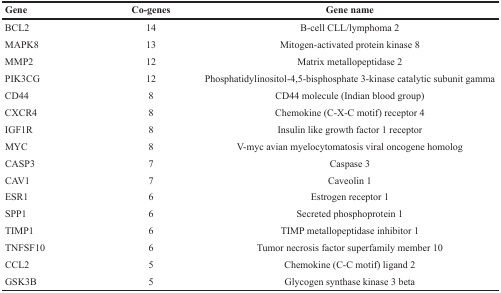
<table><thead><tr><td><b>Gene</b></td><td><b>Co-genes</b></td><td><b>Gene name</b></td></tr></thead><tbody><tr><td>BCL2</td><td>14</td><td>B-cell CLL/lymphoma 2</td></tr><tr><td>MAPK8</td><td>13</td><td>Mitogen-activated protein kinase 8</td></tr><tr><td>MMP2</td><td>12</td><td>Matrix metallopeptidase 2</td></tr><tr><td>PIK3CG</td><td>12</td><td>Phosphatidylinositol-4,5-bisphosphate 3-kinase catalytic subunit gamma</td></tr><tr><td>CD44</td><td>8</td><td>CD44 molecule (Indian blood group)</td></tr><tr><td>CXCR4</td><td>8</td><td>Chemokine (C-X-C motif) receptor 4</td></tr><tr><td>IGF1R</td><td>8</td><td>Insulin like growth factor 1 receptor</td></tr><tr><td>MYC</td><td>8</td><td>V-myc avian myelocytomatosis viral oncogene homolog</td></tr><tr><td>CASP3</td><td>7</td><td>Caspase 3</td></tr><tr><td>CAV1</td><td>7</td><td>Caveolin 1</td></tr><tr><td>ESR1</td><td>6</td><td>Estrogen receptor 1</td></tr><tr><td>SPP1</td><td>6</td><td>Secreted phosphoprotein 1</td></tr><tr><td>TIMP1</td><td>6</td><td>TIMP metallopeptidase inhibitor 1</td></tr><tr><td>TNFSF10</td><td>6</td><td>Tumor necrosis factor superfamily member 10</td></tr><tr><td>CCL2</td><td>5</td><td>Chemokine (C-C motif) ligand 2</td></tr><tr><td>GSK3B</td><td>5</td><td>Glycogen synthase kinase 3 beta</td></tr></tbody></table>